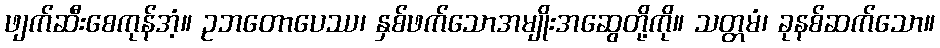
ဖျက်ဆီးစေကုန်အံ့။ ဥဘတောပေဿ၊ နှစ်ဖက်သောအမျိုးအဆွေတို့ကို။ သတ္တမံ၊ ခုနစ်ဆက်သော။